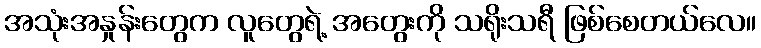
အသုံးအနှုန်းတွေက လူတွေရဲ့ အတွေးကို သရိုးသရီ ဖြစ်စေတယ်လေ။